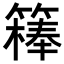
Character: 𥴇